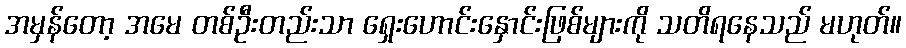
အမှန်တော့ အမေ တစ်ဦးတည်းသာ ရှေးဟောင်းနှောင်းဖြစ်များကို သတိရနေသည် မဟုတ်။